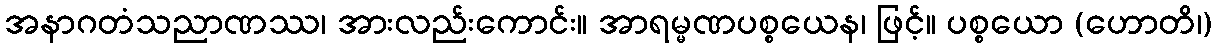
အနာဂတံသညာဏဿ၊ အားလည်းကောင်း။ အာရမ္မဏပစ္စယေန၊ ဖြင့်။ ပစ္စယော (ဟောတိ၊)